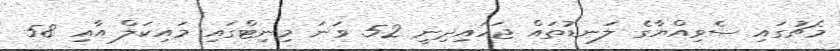
މެޗުގައި ސެވިއްޔާގެ ލަނޑުތައް ޖަހައިދިނީ 52 ވަނަ މިނިޓްގައި މައިކަލް އާއި 58